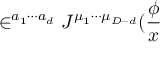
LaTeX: \in ^ { a _ { 1 } \cdots a _ { d } } J ^ { \mu _ { 1 } \cdots \mu _ { D - d } } ( \frac \phi x